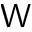
\mathsf { W }